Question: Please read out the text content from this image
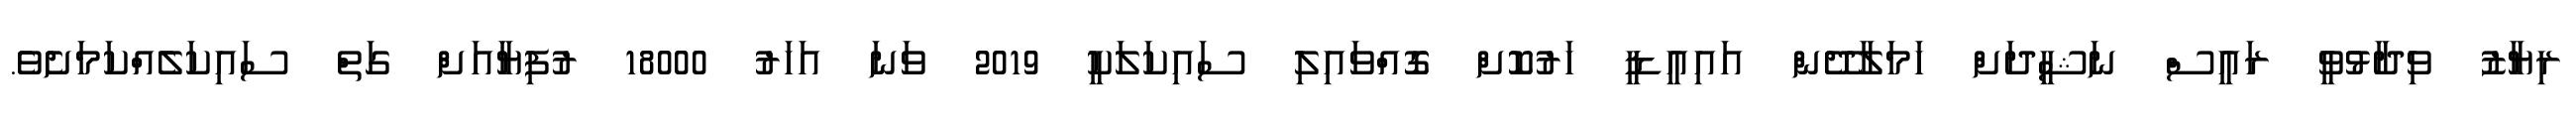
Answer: ރިޔާޒު ވިދާޅުވީ ރައީސް ނަޝީދަށް ހަމަލާދޭން އައިއީޑީ ހަރުކޮށް ގޮއްވައިލި ސައިކަލަކީ 2019 ވަނަ އަހަރު 18000 ރުފިޔާއަށް ގަތް ސައިކަލެއްކަމަށެވެ.